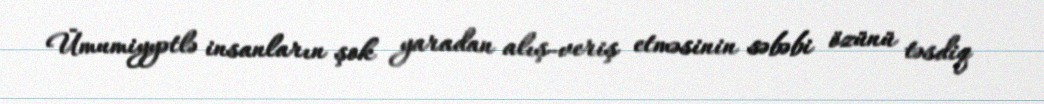
Ümumiyyətlə insanların şok yaradan alış-veriş etməsinin səbəbi özünü təsdiq